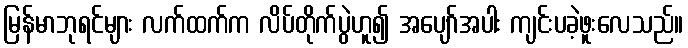
မြန်မာဘုရင်များ လက်ထက်က လိပ်တိုက်ပွဲဟူ၍ အပျော်အပါး ကျင်းပခဲ့ဖူးလေသည်။